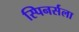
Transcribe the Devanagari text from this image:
स्पिनर्सला